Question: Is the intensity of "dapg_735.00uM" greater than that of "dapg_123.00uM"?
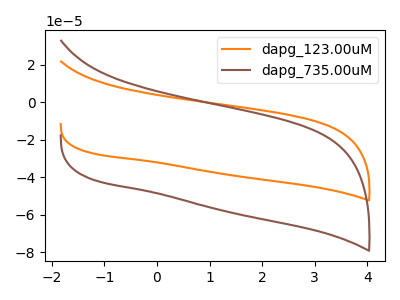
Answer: <think>The orange curve "dapg_123.00uM" has no peaks. The brown curve "dapg_735.00uM" has no peaks.
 Neither "dapg_735.00uM" or "dapg_123.00uM" have any peaks.</think>
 <answer>I cant tell if "dapg_735.00uM" or "dapg_123.00uM" has more signal.</answer>
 <eval>mixed_signal</eval>